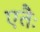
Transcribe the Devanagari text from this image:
एतैः